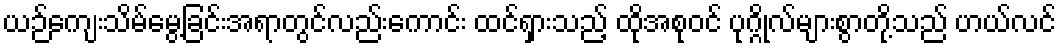
ယဉ်ကျေးသိမ်မွေ့ခြင်းအရာတွင်လည်းကောင်း ထင်ရှားသည့် ထိုအစုဝင် ပုဂ္ဂိုလ်များစွာတို့သည် ဟယ်လင်